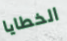
الخطايا